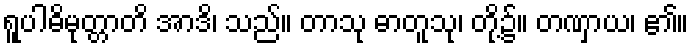
ရူပါဓိမုတ္တာတိ အာဒိ၊ သည်။ တာသု ဓာတူသု၊ တို့၌။ တဏှာယ၊ ၏။